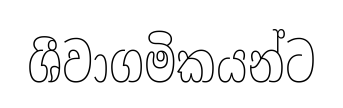
ශීවාගමිකයන්ට